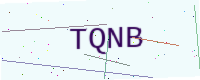
Text: TQNB